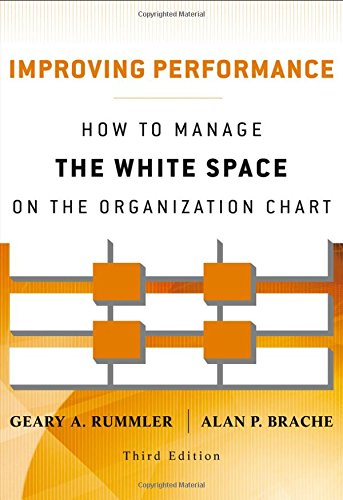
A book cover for Improving Performance: How to Manage the White Space on the Organization Chart; Geary A. Rummler; Business & Money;